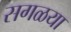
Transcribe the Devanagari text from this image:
सगळया